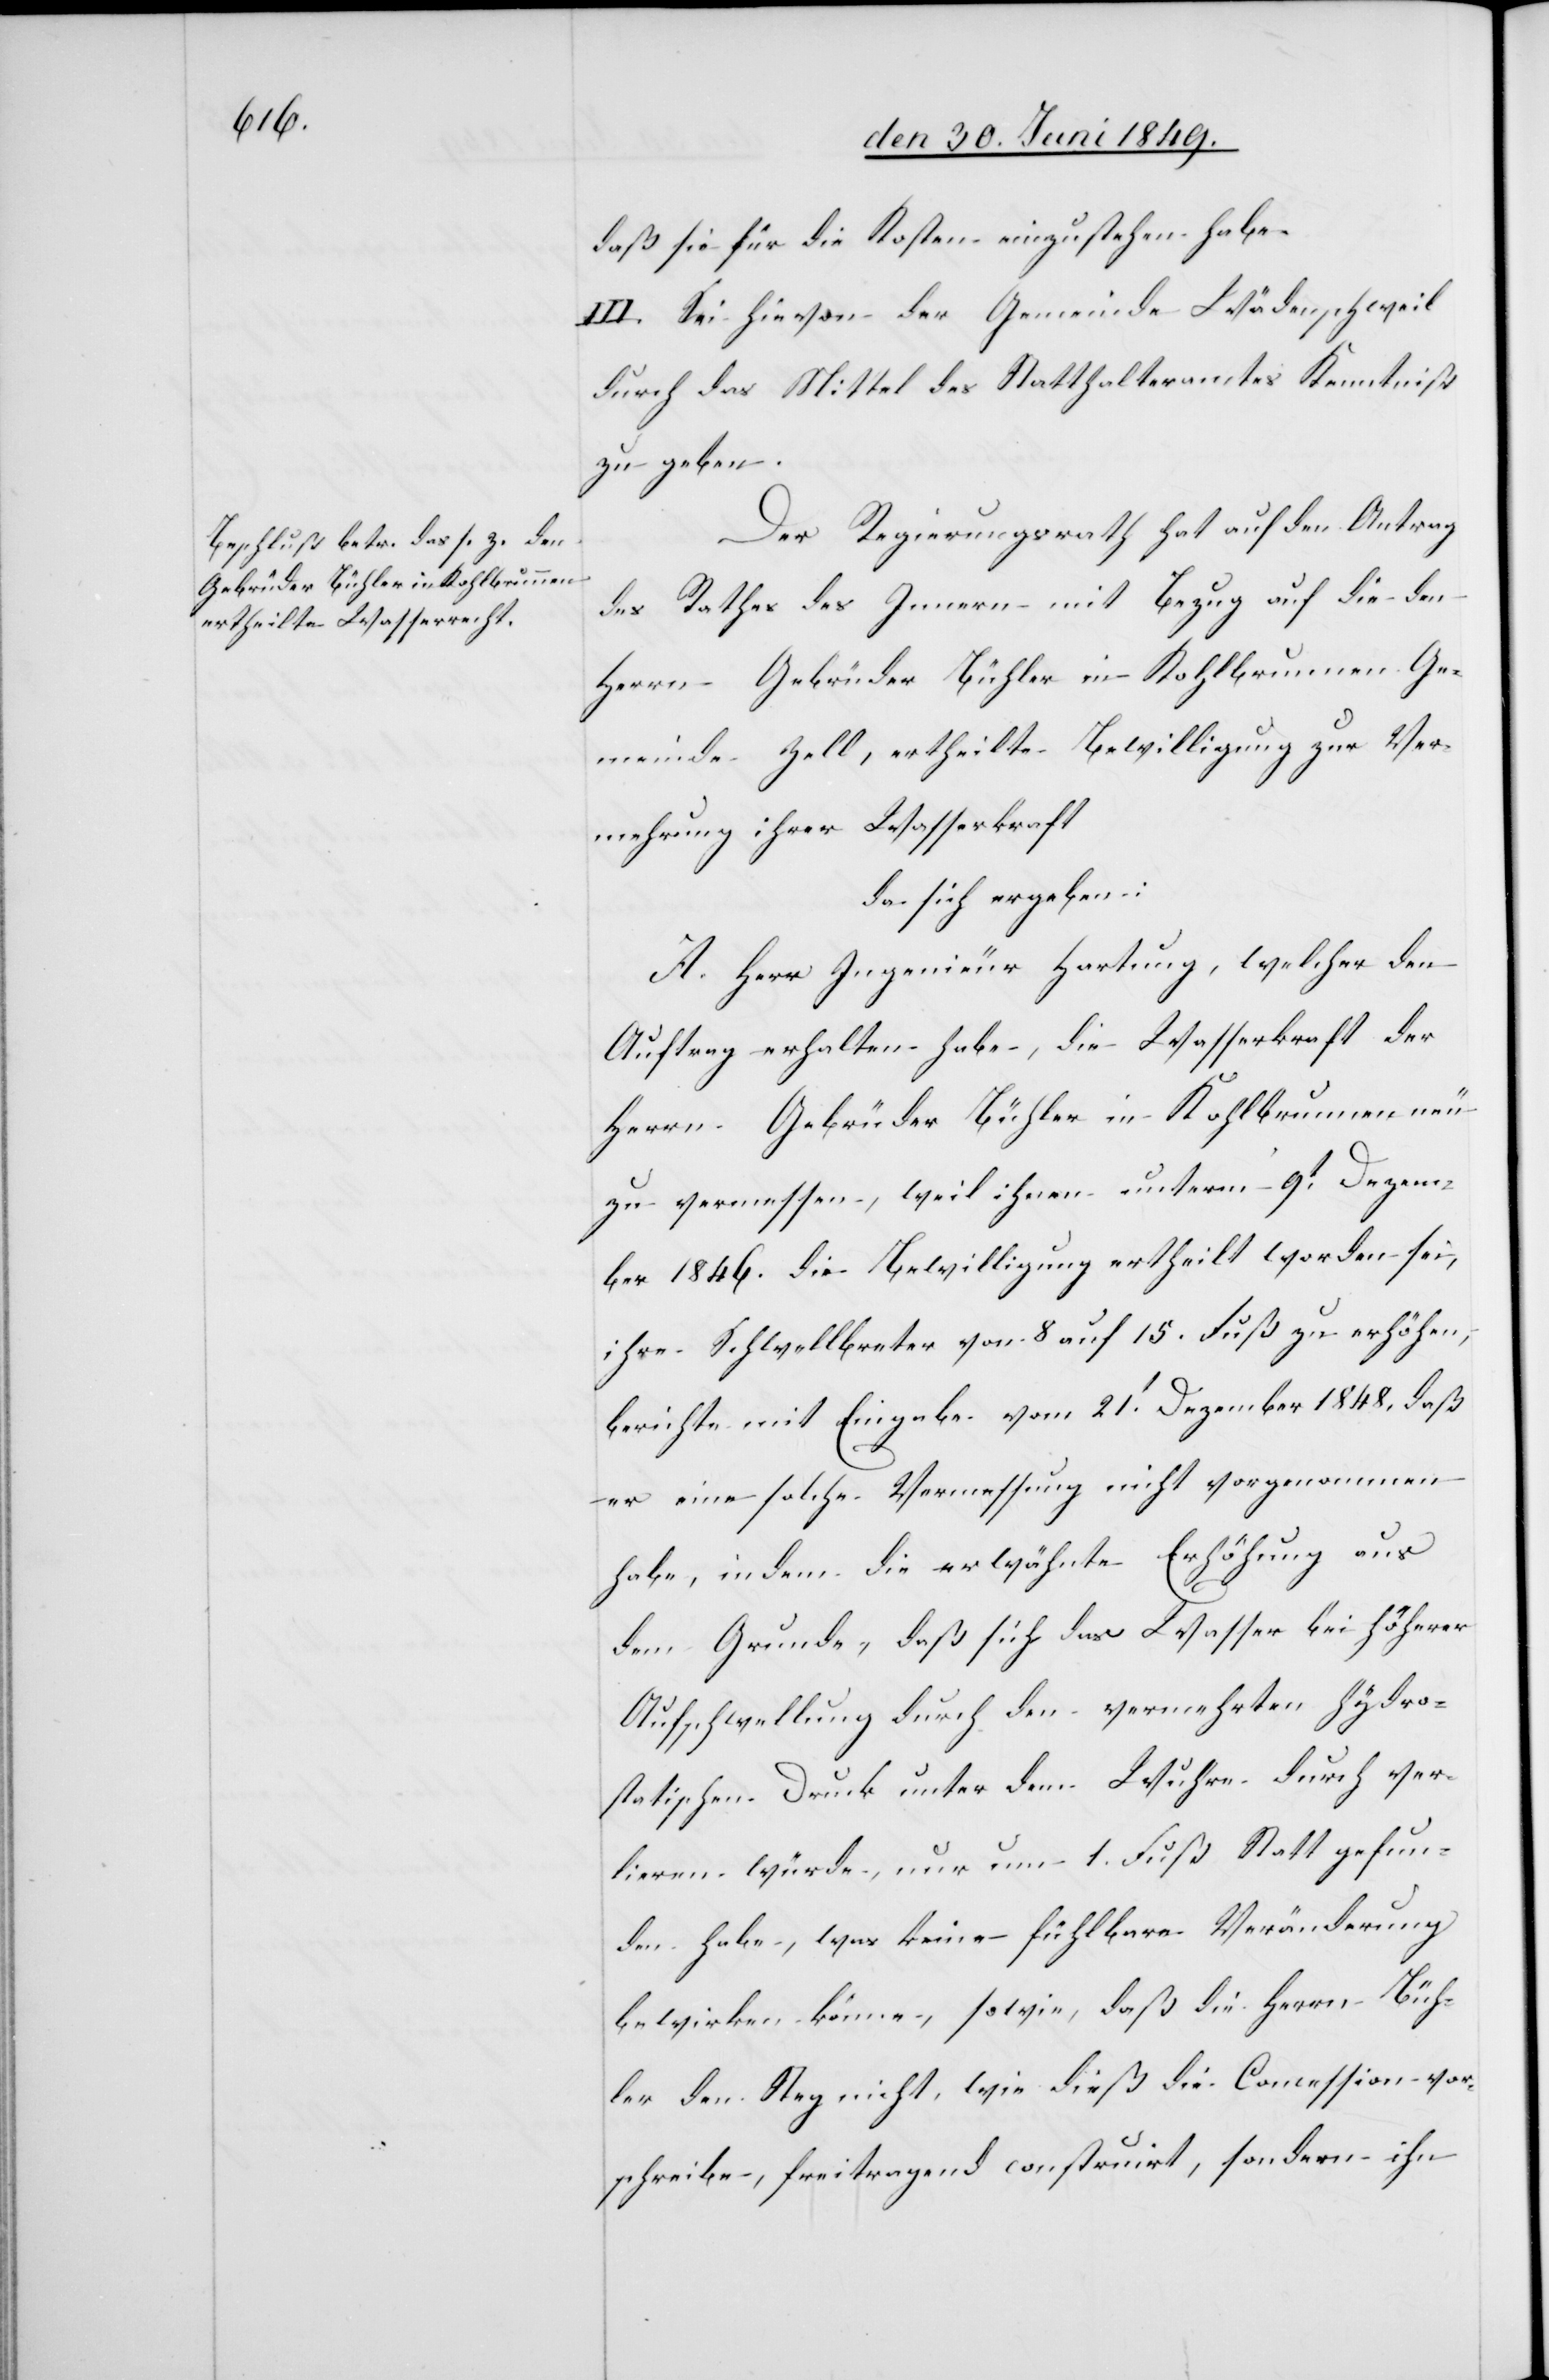
daß sie für die Kosten einzustehen habe.
III. Sei hievon der Gemeinde Wädenschweil
durch das Mittel des Statthalteramtes Kenntniß
zu geben.
Der Regierungsrath hat auf den Antrag
des Rathes des Innern mit Bezug auf die den
Herrn Gebrüder Bühler in Kohlbrunnen Ge¬
meinde Zell, ertheilte Bewilligung zur Ver¬
mehrung ihrer Wasserkraft
da sich ergeben:
A. Herr Ingenieur Hartung, welcher den
Auftrag erhalten habe, die Wasserkraft der
Herrn Gebrüder Bühler in Kohlbrunnen neu
zu vermessen, weil ihnen unterm 9t Dezem¬
ber 1846. die Bewilligung ertheilt worden sei,
ihre Schwellbreter von 8 auf 15. Fuß zu erhöhen,
berichte mit Eingabe vom 21t Dezember 1848. daß
er eine solche Vermessung nicht vorgenommen
habe, indem die erwähnte Erhöhung aus
dem Grunde, daß sich das Wasser bei höherer
Aufschwellung durch den vermehrten Hydro¬
statischen Druck unter dem Wuhre durch ver¬
lieren würde nur um 1. Fuß Statt gefun¬
den habe, was keine fühlbare Veränderung
bewirken könne, sowie, daß die Herrn Büh¬
ler den Steg nicht, wie dieß die Concession vor¬
schreiten, freitragend construirt, sondern ihn